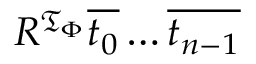
R ^ { { \mathfrak { T } } _ { \Phi } } { \overline { { t _ { 0 } } } } \ldots { \overline { { t _ { n - 1 } } } }